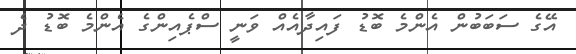
އޭގެ ސަބަބުން އެންމެ ބޮޑު ފައިދާއެއް ވަނީ ސްޕެއިންގެ އެންމެ ބޮޑު ދެ